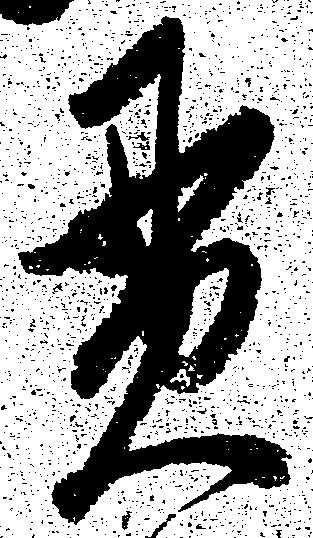
貫